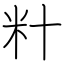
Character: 籵